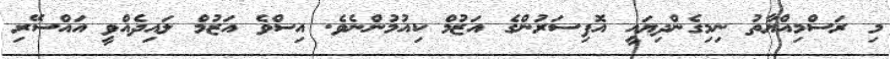
މި ރަސްމިއްޔާތު ނިމިގެންދިޔައީ އޮފިސަރުންގެ އަޒުމް ކިއުމުންނެވެ. އިސްވެ އަޒުމް ލައިދެއްވީ އައްސޭރި